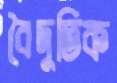
বৈদুতিক